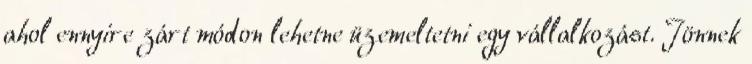
ahol ennyire zárt módon lehetne üzemeltetni egy vállalkozást. Jönnek